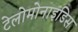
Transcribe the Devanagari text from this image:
टेलोमोनाइडिस